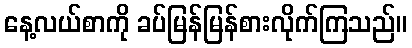
နေ့လယ်စာကို ခပ်မြန်မြန်စားလိုက်ကြသည်။